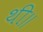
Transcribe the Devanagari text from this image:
थी॥